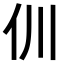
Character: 𠆯